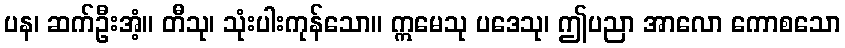
ပန၊ ဆက်ဦးအံ့။ တီသု၊ သုံးပါးကုန်သော။ ဣမေသု ပဒေသု၊ ဤပညာ အာလော ကောစသော